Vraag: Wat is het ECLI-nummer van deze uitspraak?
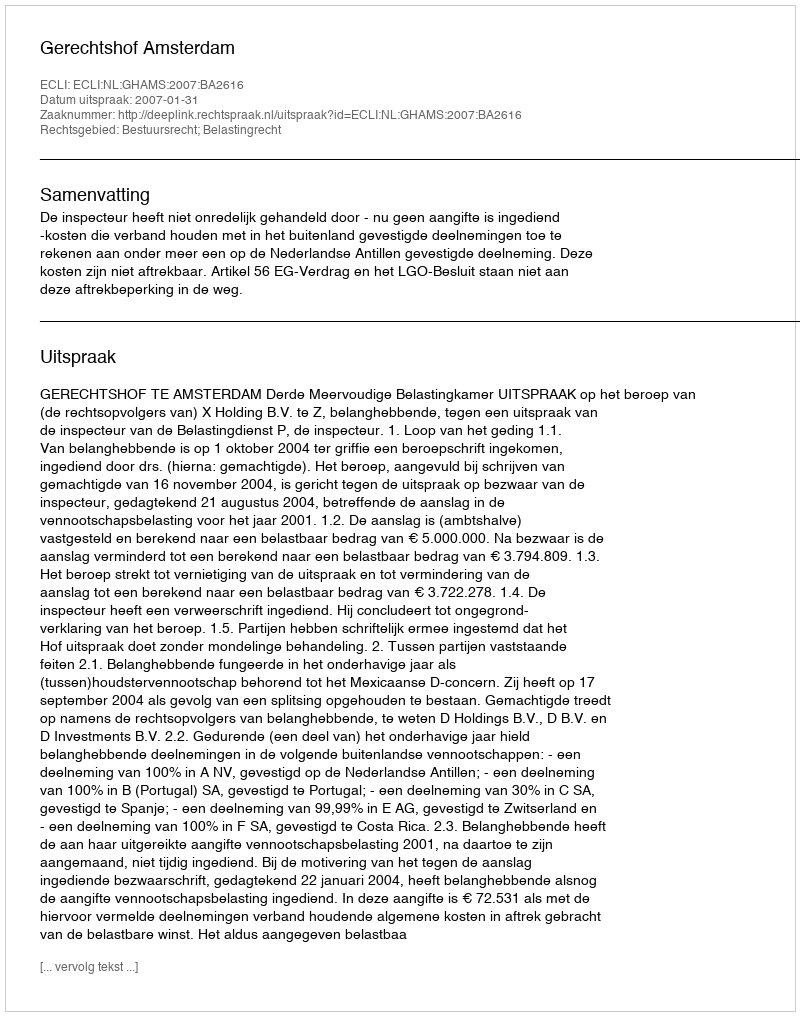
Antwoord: ECLI:NL:GHAMS:2007:BA2616